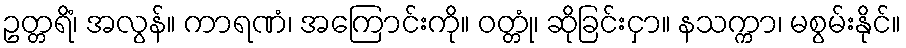
ဥတ္တရိံ၊ အလွန်။ ကာရဏံ၊ အကြောင်းကို။ ဝတ္တုံ၊ ဆိုခြင်းငှာ။ နသက္ကာ၊ မစွမ်းနိုင်။